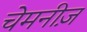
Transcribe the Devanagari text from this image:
चेमनीज़